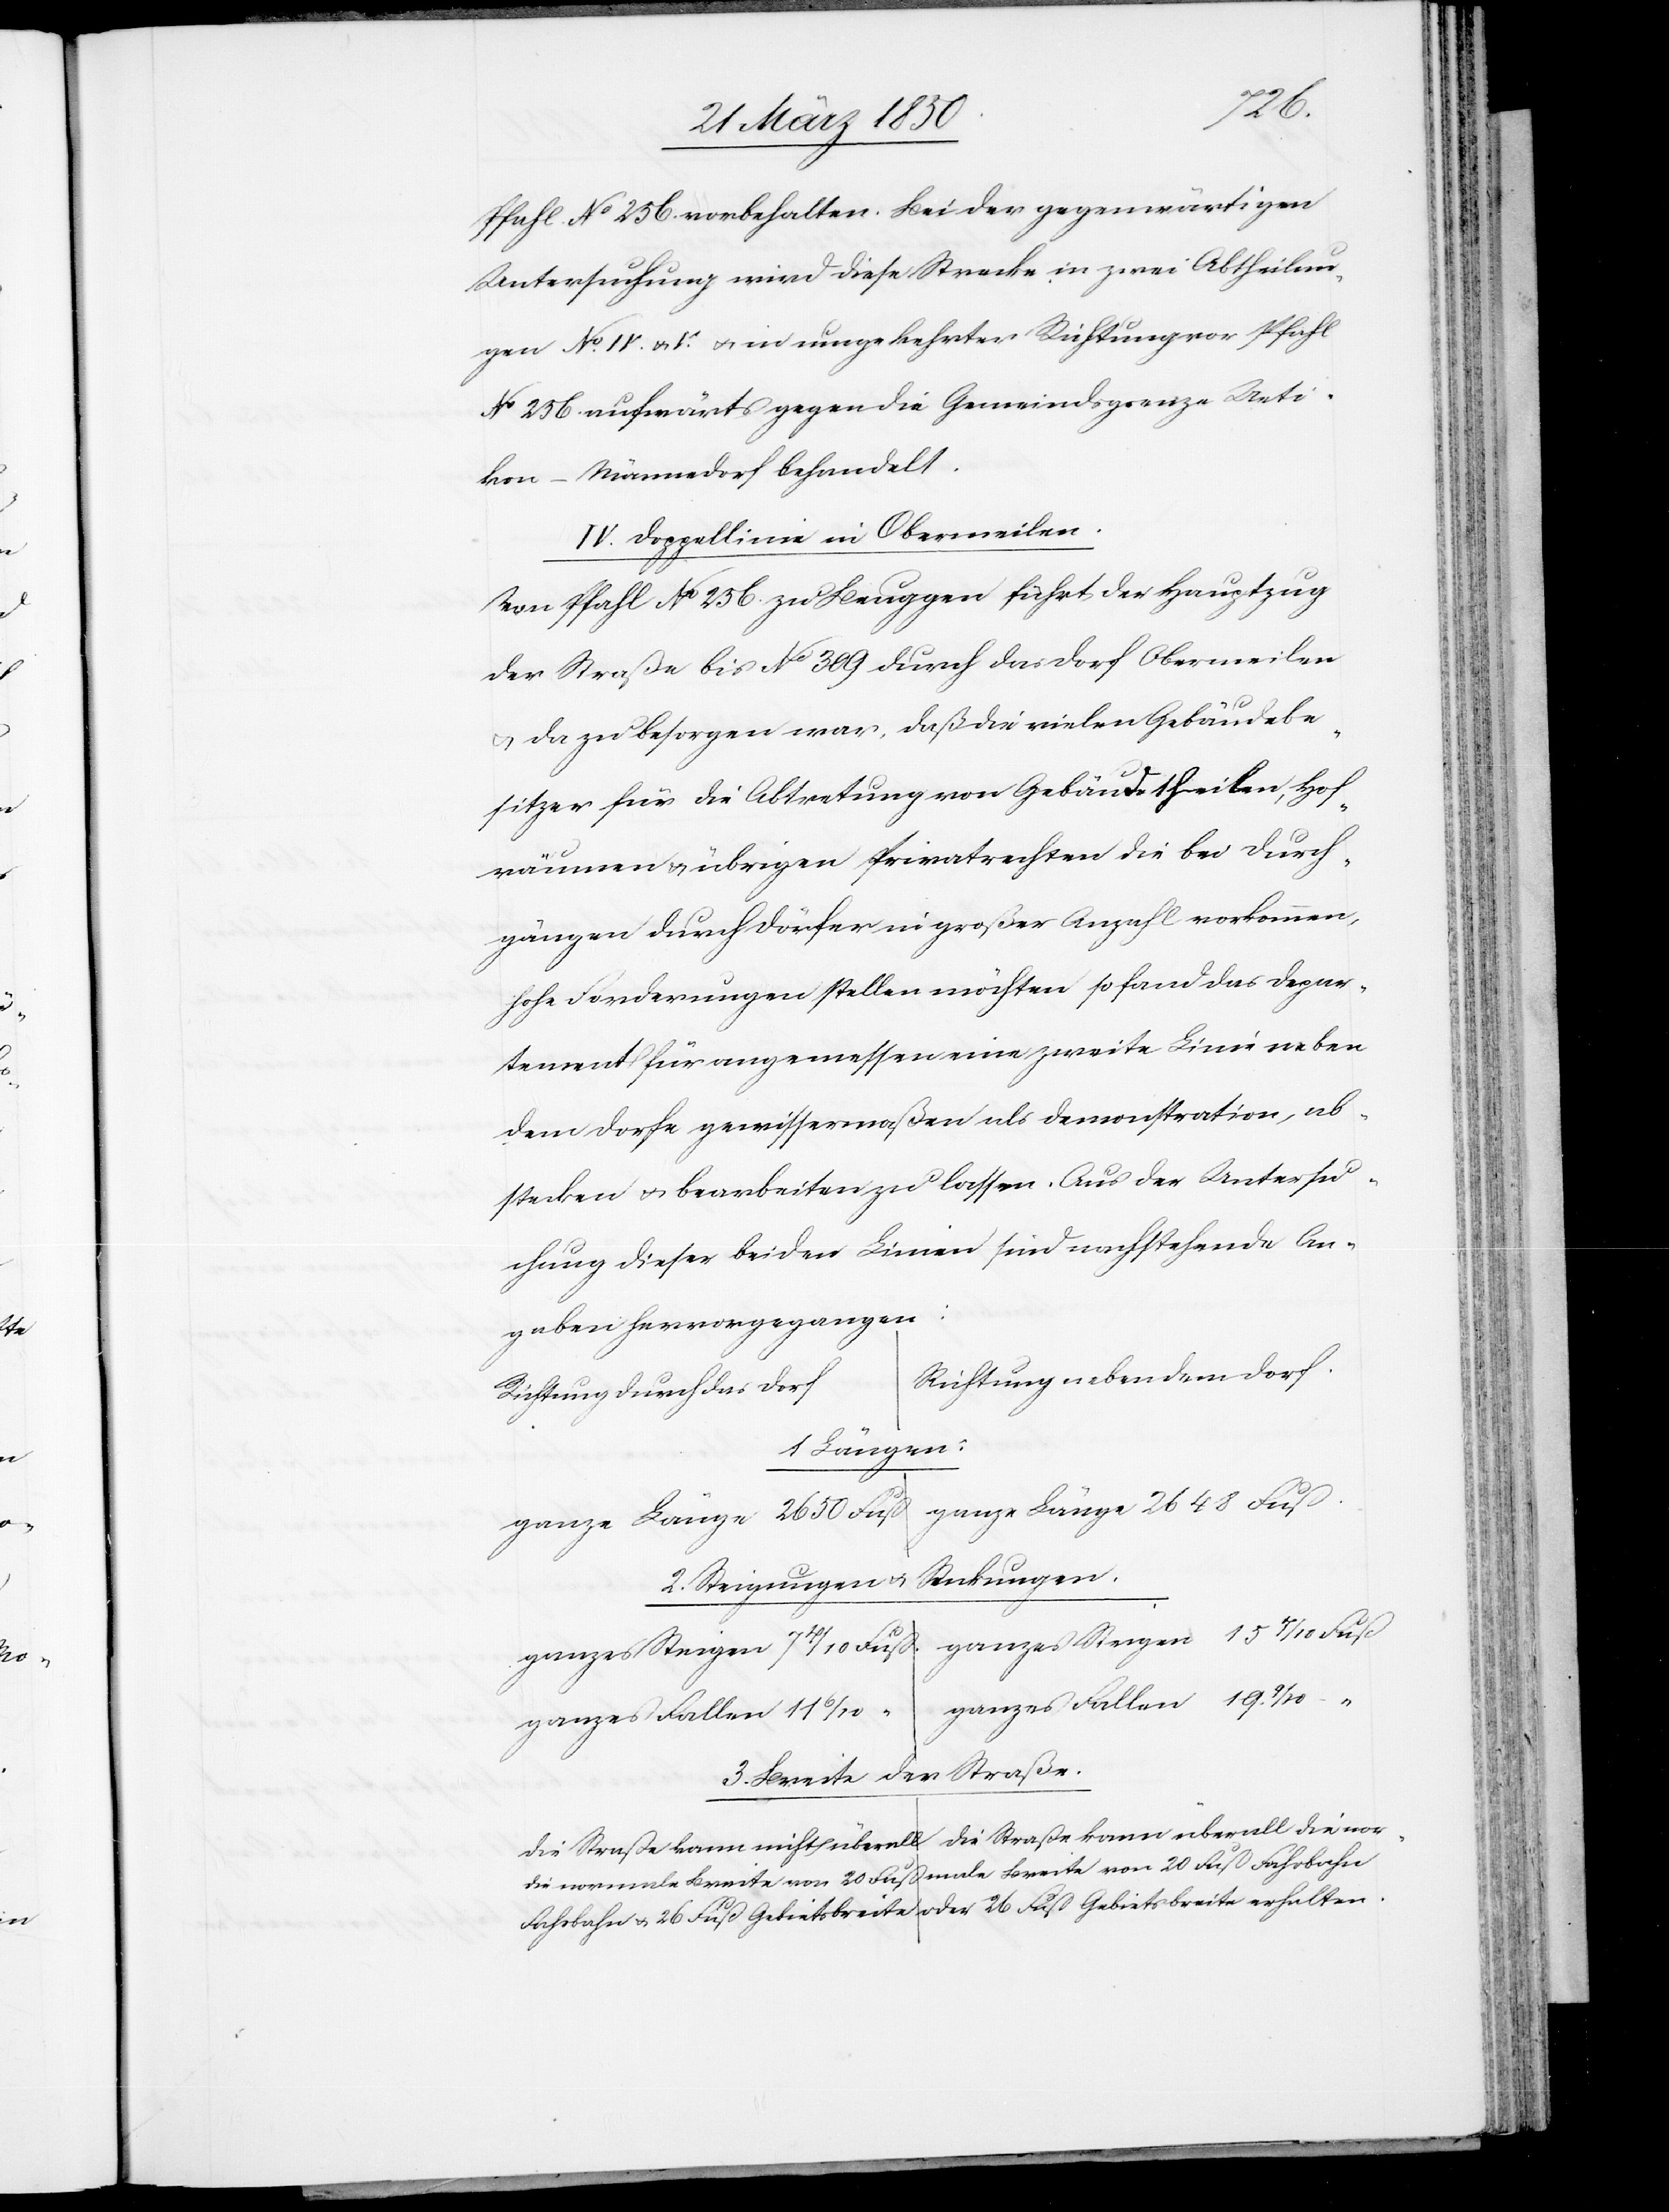
u. 26
Pfahl No 256. vorbehalten. Bei der gegenwärtigen
Untersuchung wird diese Strecke in zwei Abtheilun¬
gen No. IV. u. I. u. in umgekehrter Richtung vor Pfahl
No 256. aufwärts gegen die Gemeindsgrenze Ueti¬
kon–Männedorf behandelt.
IV: Doppellinie in Obermeilen.
Von Pfahl No 256. zu Beuggen führt der Hauptzug
der Straße bis No 309 durch das Dorf Obermeilen
u. da zu besorgen war, daß die vielen Gebäudebe¬
sitzer für die Abtretung von Gebäudetheilen, Hof¬
räumen u. übrigen Privatrechten die bei Durch¬
gängen durch Dörfer in großer Anzahl vorkommen,
hohe Forderungen stellen möchten so fand das Depar¬
tement für angemessen eine zweite Linie neben
dem Dorfe gewissermaßen als Demonstration, ab¬
stecken u. bearbeiten zu lassen. Aus der Untersu¬
chung dieser beiden Linien sind nachstehende An¬
gaben hervorgegangen:
Richtung neben dem Dorf.
Richtung durch das Dorf
Länge
2. Steigungen u. Senkungen.
ganzes Fallen
ganzes Fallen
3. Breite der Straße.
Die Straße kann nicht überall die normale Breite von 20